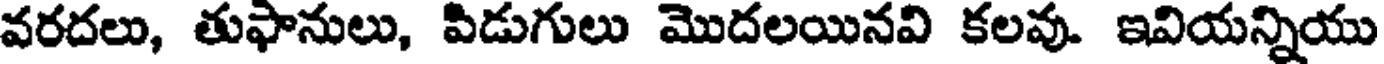
వరదలు, తుఫానులు, పిడుగులు మొదలయినవి కలవు. ఇవియన్నియు